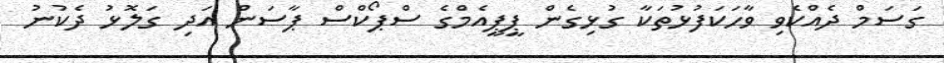
ގަސަމް ދެއްކެވި ވާހަކަފުޅުތަކާ ގުޅިގެން ޕީޕީއެމްގެ ސްޕޯކްސް ޕާސަން އަދި ގަލޮޅު ދެކުނު